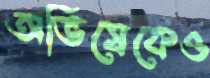
অভিষেকেও